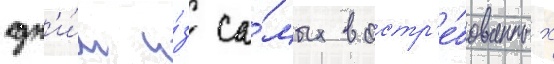
одн'и́м и́з са́мых востр'е́бованных